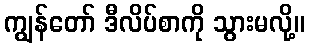
ကျွန်တော် ဒီလိပ်စာကို သွားမလို့။